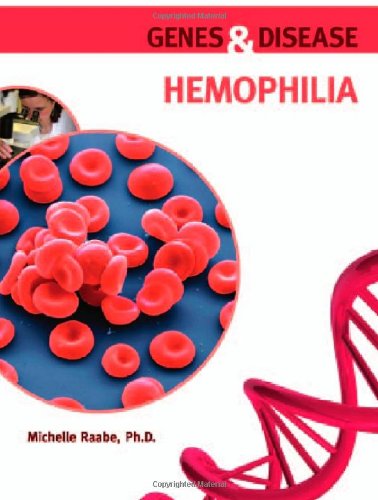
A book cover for Hemophilia (Genes and Disease); Michelle Raabe; Teen & Young Adult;